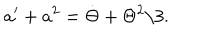
LaTeX: a ^ { \prime } + a ^ { 2 } = \dot { \Theta } + \Theta ^ { 2 } / 3 .